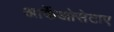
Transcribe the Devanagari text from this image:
आर्केओसेटाए